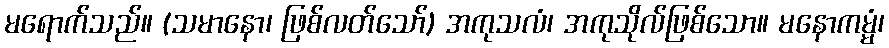
မရောက်သည်။ (သမာနော၊ ဖြစ်လတ်သော်) အကုသလံ၊ အကုသိုလ်ဖြစ်သော။ မနောကမ္မံ၊